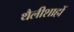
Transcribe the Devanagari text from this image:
थैलीशाहों